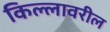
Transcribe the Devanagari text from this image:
किल्लावरील